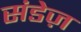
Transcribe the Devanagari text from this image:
संडेज़